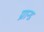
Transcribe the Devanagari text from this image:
ग्रान्ड